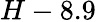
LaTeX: H-8.9